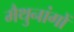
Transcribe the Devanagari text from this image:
मैथुनांगों